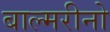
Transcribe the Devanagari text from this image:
बाल्मरीनो